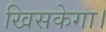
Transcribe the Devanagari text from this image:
खिसकेगा।